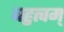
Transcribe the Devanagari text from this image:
बहुत्वम्